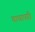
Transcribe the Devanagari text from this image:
वाघापरी